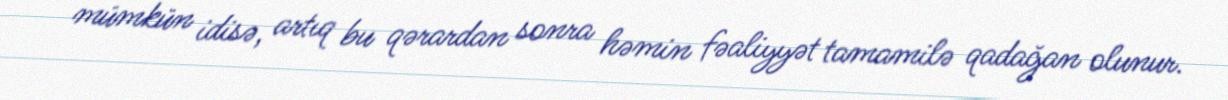
mümkün idisə, artıq bu qərardan sonra həmin fəaliyyət tamamilə qadağan olunur.